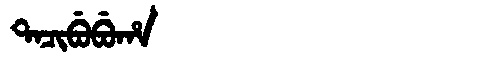
Manchu: ᡨᠠᠴᡳᠪᡠᠪᡠᡥᠠ
Romanization: TACIBUBUHA